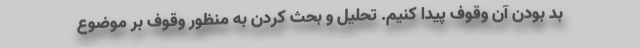
بد بودن آن وقوف پیدا کنیم. تحلیل و بحث کردن به منظور وقوف بر موضوع